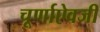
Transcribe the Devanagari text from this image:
चूर्णाऐवजी